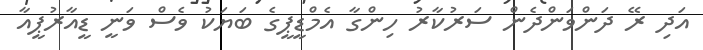
އަދި ރޭ ދަންވަންދެން ސަރުކާރު ހިންގާ އެމްޑީޕީގެ ބަޔަކު ވެސް ވަނީ ޑީއާރުޕީއާ